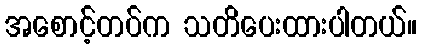
အစောင့်တပ်က သတိပေးထားပါတယ်။